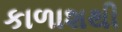
કાળાશથી